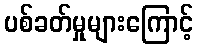
ပစ်ခတ်မှုများကြောင့်